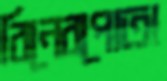
বিনেরপোতা